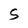
Character: S